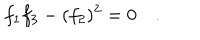
f _ { 1 } f _ { 3 } - ( f _ { 2 } ) ^ { 2 } = 0 \quad .